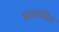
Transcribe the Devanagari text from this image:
भयचकित